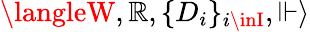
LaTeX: \langleW,\mathbb{R},\{ D_{i}\} _{i\inI},\Vdash\rangle